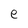
Character: e